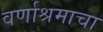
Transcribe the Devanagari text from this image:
वर्णाश्रमाचा